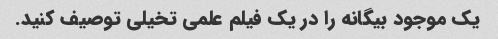
یک موجود بیگانه را در یک فیلم علمی تخیلی توصیف کنید.